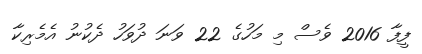
ފީފާ 2016 ވެސް މި މަހުގެ 22 ވަނަ ދުވަހު ދެކުނު އެމެރިކާ